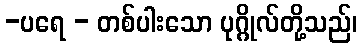
-ပရေ - တစ်ပါးသော ပုဂ္ဂိုလ်တို့သည်၊